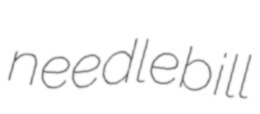
needlebill